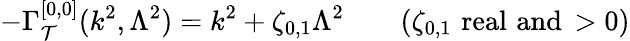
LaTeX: -\Gamma_{\mathcal{T}}^{[0,0]}(k^{2},\Lambda^{2})=k^{2}+\zeta_{0,1}\Lambda^{2}\qquad(\zeta_{0,1}\, \, \mathrm{{{real\, \, and}}}\, >0)